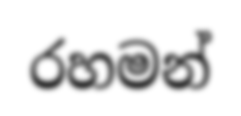
රහමන්